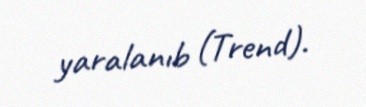
yaralanıb (Trend).